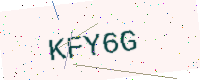
Text: KFY6G